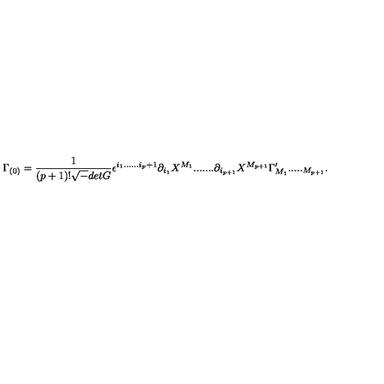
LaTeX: \Gamma _ { ( 0 ) } = { \frac { 1 } { ( p + 1 ) ! { \sqrt - d e t G } } } \epsilon ^ { i _ { 1 } . . . . . . i _ { p } + 1 } \partial _ { i _ { 1 } } X ^ { M _ { 1 } } . . . . . . . \partial _ { i _ { p + 1 } } X ^ { M _ { p + 1 } } \Gamma _ { M _ { 1 } } ^ { \prime } . . . . . _ { M _ { p + 1 } } .